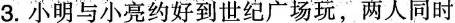
3.小明与小亮约好到世纪广场玩，两人同时